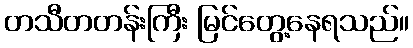
တသီတတန်းကြီး မြင်တွေ့နေရသည်။